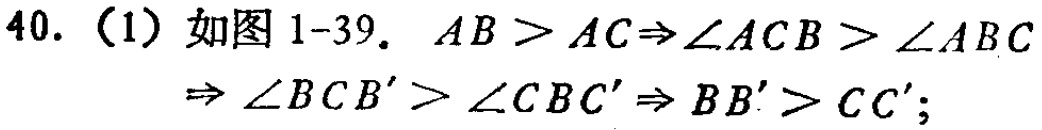
40.（1）如图1-39. \(AB > AC\Rightarrow\angle ACB > \angle ABC\Rightarrow\angle BCB' > \angle CBC'\Rightarrow BB' > CC'\)；